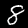
Label: 8